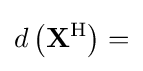
d\left(\mathbf {X} ^{\mathrm {H} }\right)=